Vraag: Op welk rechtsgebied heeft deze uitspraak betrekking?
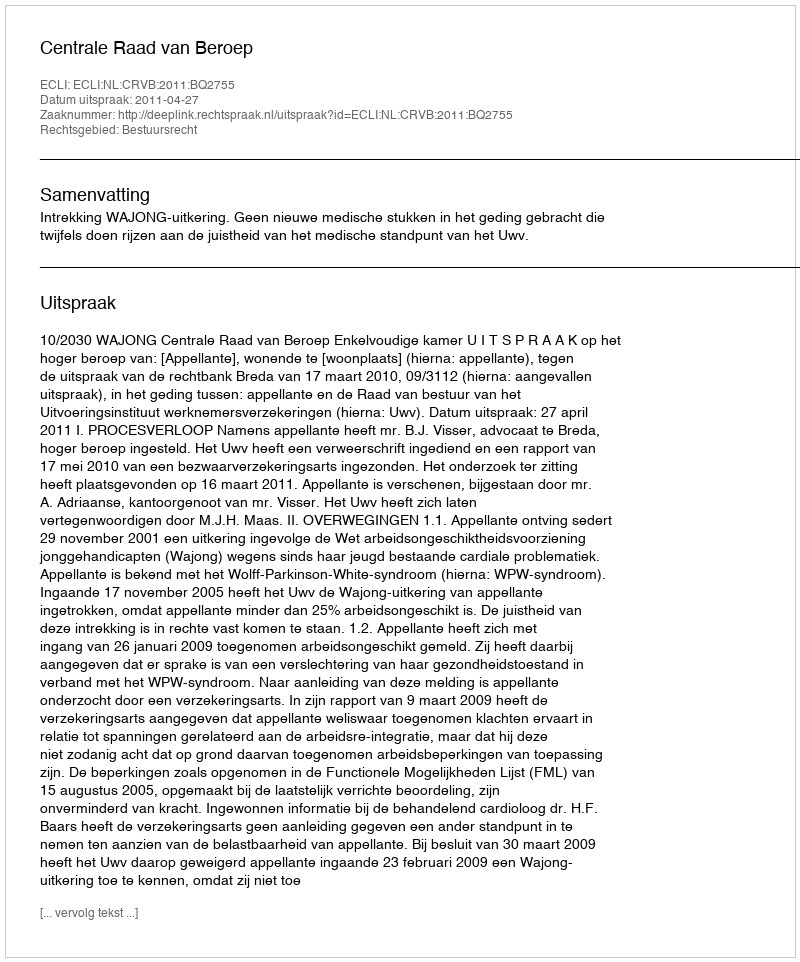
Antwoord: Bestuursrecht